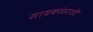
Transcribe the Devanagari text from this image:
साधकांसाठी